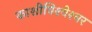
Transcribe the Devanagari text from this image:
काशीविश्‍वेश्‍वर